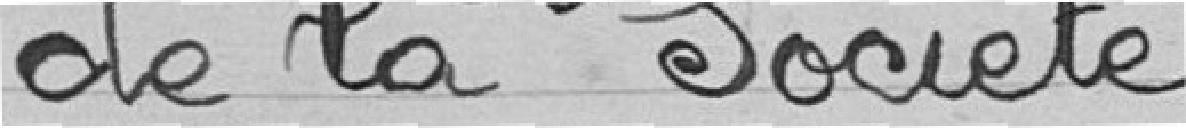
de la Société